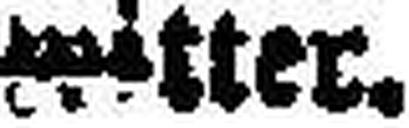
witter.